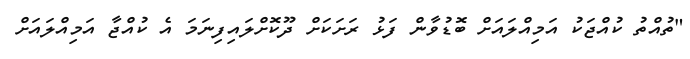
"ތުއްތު ކުއްޖަކު އަމިއްލައަށް ބޮޑުވާން ފަޅު ރަށަކަށް ދޫކޮށްލައިފިނަމަ އެ ކުއްޖާ އަމިއްލައަށް